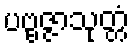
ပဗ္ဗဇ္ဇာသုတ္တံ